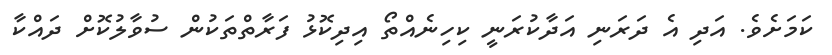
ކަމަށެވެ. އަދި އެ ދަރަނި އަދާކުރަނީ ކިހިނެއްތޯ އިދިކޮޅު ފަރާތްތަކުން ސުވާލުކޮށް ދައްކާ